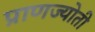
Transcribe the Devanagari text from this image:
प्राणज्योती